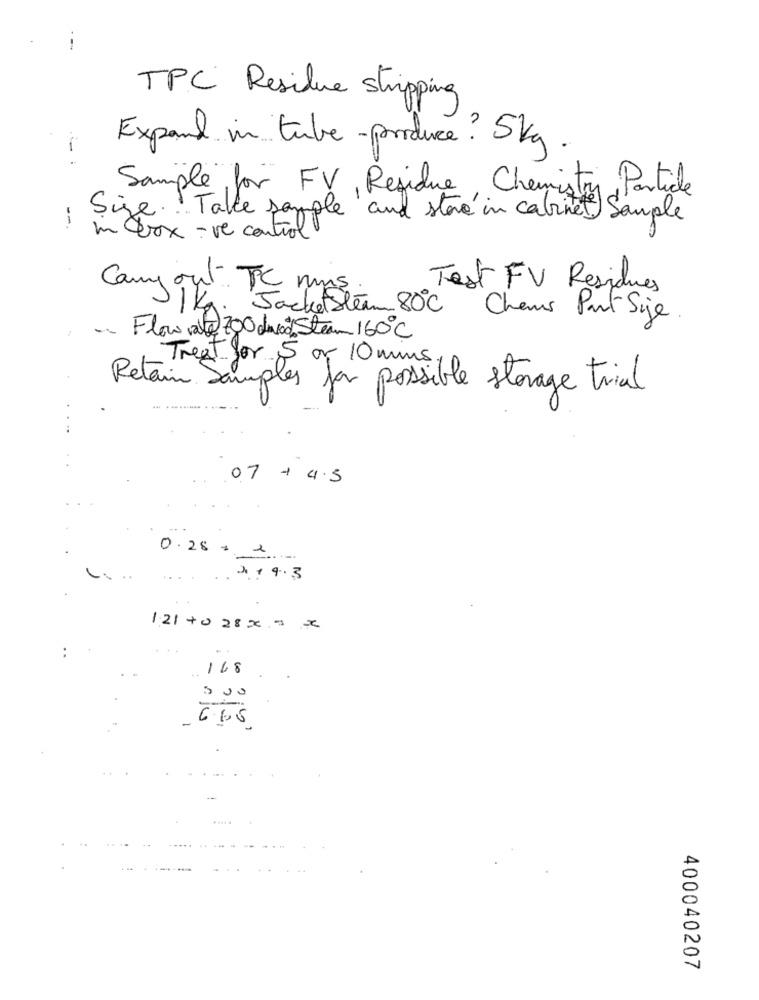
---
TPC Residue stripping
Expand in tube-produce? 5kg.
Sample for FV, Residue, Chemistry, Particle
Size! Talle sample and store in cabinet Sample
-
m box - ve control
Camp out TC mus.
Test FV Residues
1 Kg. Jacket Steam 80℃
Chems Part Sije
- Flow rate 700 disco Steam 160℃
Treat for 5 or 10 mms.
Retain Samples pas possible storage trial
07 + 4.5
0.28 + 1
.2. 9.3
121+0 28 x 9 -2
:
168
500
-
6.65
400040207